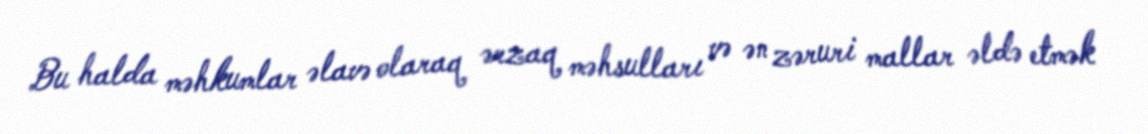
Bu halda məhkumlar əlavə olaraq ərzaq məhsulları və ən zəruri mallar əldə etmək